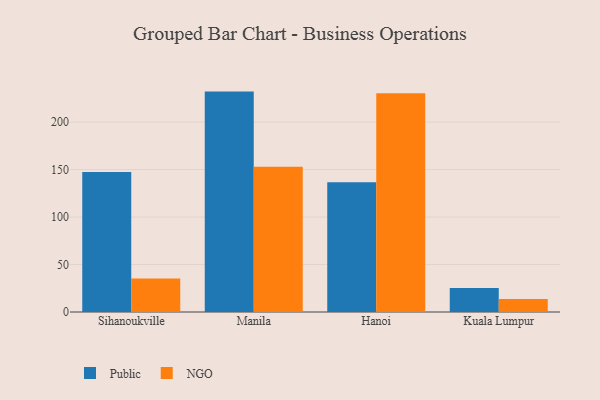
{"axis": {"x": "City", "y": "Shipments"}, "legend": ["NGO", "Public"], "data": [{"x": "Sihanoukville", "y": 147.5, "type": "Public"}, {"x": "Sihanoukville", "y": 35.2, "type": "NGO"}, {"x": "Manila", "y": 232.1, "type": "Public"}, {"x": "Manila", "y": 152.9, "type": "NGO"}, {"x": "Hanoi", "y": 136.7, "type": "Public"}, {"x": "Hanoi", "y": 230.3, "type": "NGO"}, {"x": "Kuala Lumpur", "y": 25.4, "type": "Public"}, {"x": "Kuala Lumpur", "y": 13.7, "type": "NGO"}]}